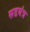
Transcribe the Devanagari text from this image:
सडयंत्र